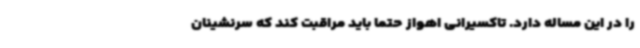
را در این مساله دارد. تاکسیرانی اهواز حتما باید مراقبت کند که سرنشینان